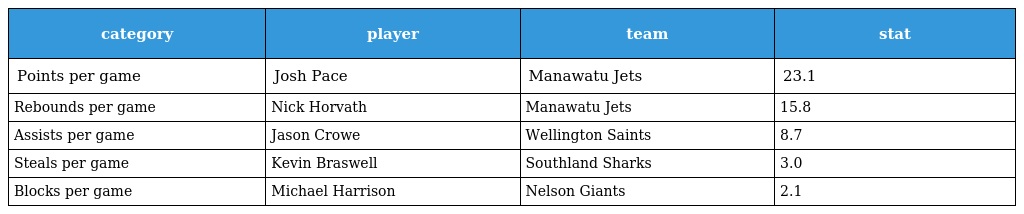
| category | player | team | stat |
 | --- | --- | --- | --- |
 | Points per game | Josh Pace | Manawatu Jets | 23.1 |
 | Rebounds per game | Nick Horvath | Manawatu Jets | 15.8 |
 | Assists per game | Jason Crowe | Wellington Saints | 8.7 |
 | Steals per game | Kevin Braswell | Southland Sharks | 3.0 |
 | Blocks per game | Michael Harrison | Nelson Giants | 2.1 |